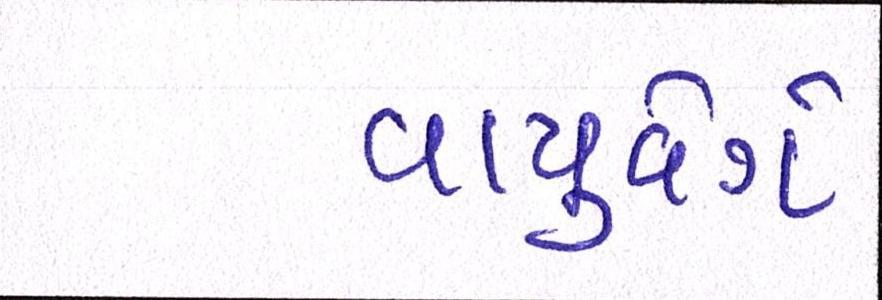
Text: વાયુવેગે